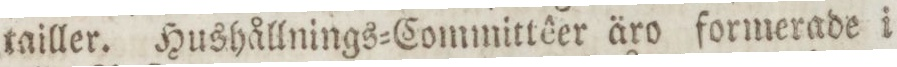
tailler. Hushållnings=Committêer äro formerade i